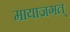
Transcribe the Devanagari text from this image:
मायाजगत्